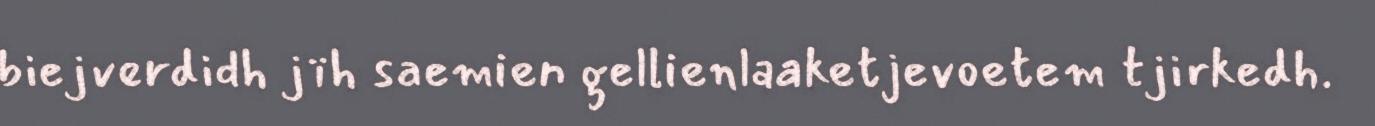
biejverdidh jïh saemien gellienlaaketjevoetem tjirkedh.